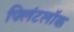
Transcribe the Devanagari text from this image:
फ्लिंटलॉक